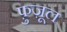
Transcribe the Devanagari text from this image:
फ़ुज़ूल